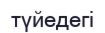
түйедегі